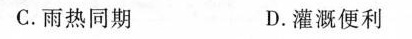
C.雨热同期 D.灌溉便利